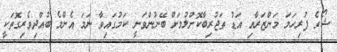
ޝޯގެ ފުރިހަމަ މަންޒަރާއި އަޑު ތަޖުރިބާކޮށްލުމަށް ބޭނުންވަނީ ކަމުގައިވާ ނަމަ އެންމެ ބުއްދިވެރިގޮތަކީ